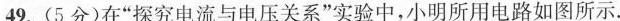
49.(5分)在”探究电流与电压关系”实验中，小明所用电路如图所示。